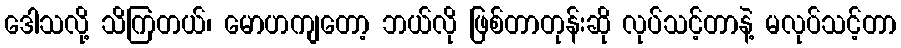
ဒေါသလို့ သိကြတယ်၊ မောဟကျတော့ ဘယ်လို ဖြစ်တာတုန်းဆို လုပ်သင့်တာနဲ့ မလုပ်သင့်တာ